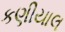
કણીયાલ